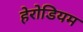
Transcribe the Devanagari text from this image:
हेरोडियम